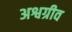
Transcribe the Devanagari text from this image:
अश्वग्रीव